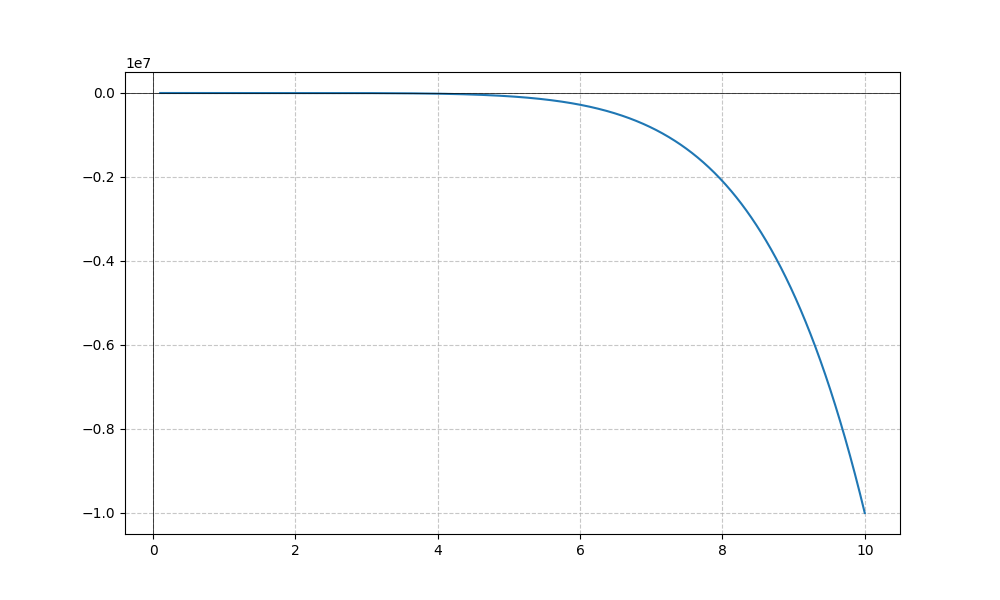
LaTeX formula: - x^{7}